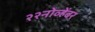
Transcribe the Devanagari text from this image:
२२नोव्हेंबर